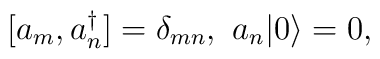
[a_m,a_n^\dagger]=\delta_{mn},\ a_n|0\rangle=0,